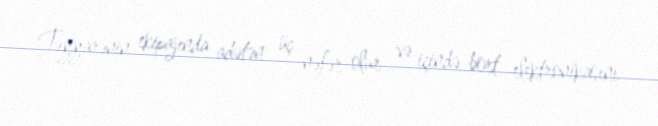
Təyyarənin ekipajında adətən üç nəfər olur və içində bort elektronikasını